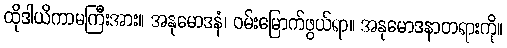
ထိုဒါယိကာမကြီးအား။ အနုမောဒနံ၊ ဝမ်းမြောက်ဖွယ်ရာ။ အနုမောဒနာတရားကို။